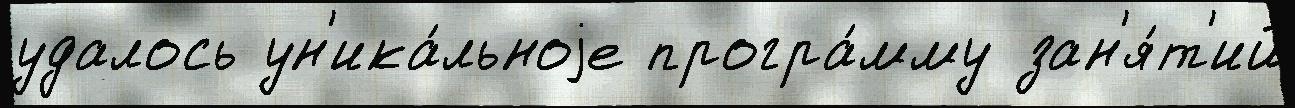
удалось ун'ика́льноjе програ́мму зан'я́т'ий